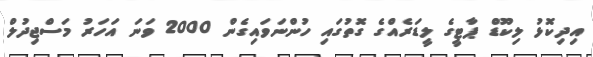
އިދިކޮޅު ލިކޫޑް ޕާޓީގެ ލީޑަރެއްގެ ގޮތުގައި ހުންނަވައިގެން 2000 ވަނަ އަހަރު މަސްޖިދުލް